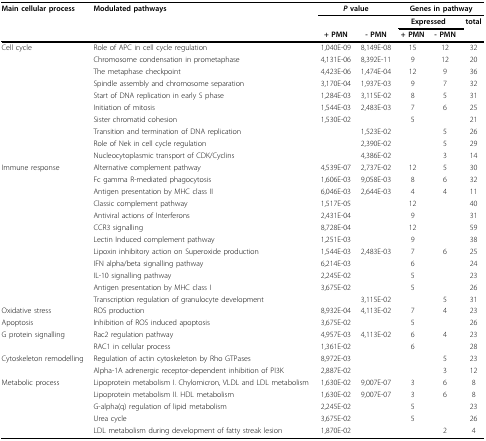
<table><thead><tr><td><b>Main cellular process</b></td><td><b>Modulated pathways</b></td><td colspan="2"><b><i>P </i>value</b></td><td colspan="3"><b>Genes in pathway</b></td></tr><tr><td></td><td></td><td></td><td></td><td colspan="2"><b>Expressed</b></td><td><b>total</b></td></tr><tr><td></td><td></td><td><b>+ PMN</b></td><td><b>- PMN</b></td><td><b>+ PMN</b></td><td><b>- PMN</b></td><td></td></tr></thead><tbody><tr><td>Cell cycle</td><td>Role of APC in cell cycle regulation</td><td>1,040E-09</td><td>8,149E-08</td><td>15</td><td>12</td><td>32</td></tr><tr><td></td><td>Chromosome condensation in prometaphase</td><td>4,131E-06</td><td>8,392E-11</td><td>9</td><td>12</td><td>20</td></tr><tr><td></td><td>The metaphase checkpoint</td><td>4,423E-06</td><td>1,474E-04</td><td>12</td><td>9</td><td>36</td></tr><tr><td></td><td>Spindle assembly and chromosome separation</td><td>3,170E-04</td><td>1,937E-03</td><td>9</td><td>7</td><td>32</td></tr><tr><td></td><td>Start of DNA replication in early S phase</td><td>1,284E-03</td><td>3,115E-02</td><td>8</td><td>5</td><td>31</td></tr><tr><td></td><td>Initiation of mitosis</td><td>1,544E-03</td><td>2,483E-03</td><td>7</td><td>6</td><td>25</td></tr><tr><td></td><td>Sister chromatid cohesion</td><td>1,530E-02</td><td></td><td>5</td><td></td><td>21</td></tr><tr><td></td><td>Transition and termination of DNA replication</td><td></td><td>1,523E-02</td><td></td><td>5</td><td>26</td></tr><tr><td></td><td>Role of Nek in cell cycle regulation</td><td></td><td>2,390E-02</td><td></td><td>5</td><td>29</td></tr><tr><td></td><td>Nucleocytoplasmic transport of CDK/Cyclins</td><td></td><td>4,386E-02</td><td></td><td>3</td><td>14</td></tr><tr><td>Immune response</td><td>Alternative complement pathway</td><td>4,539E-07</td><td>2,737E-02</td><td>12</td><td>5</td><td>30</td></tr><tr><td></td><td>Fc gamma R-mediated phagocytosis</td><td>1,606E-03</td><td>9,058E-03</td><td>8</td><td>6</td><td>32</td></tr><tr><td></td><td>Antigen presentation by MHC class II</td><td>6,046E-03</td><td>2,644E-03</td><td>4</td><td>4</td><td>11</td></tr><tr><td></td><td>Classic complement pathway</td><td>1,517E-05</td><td></td><td>12</td><td></td><td>40</td></tr><tr><td></td><td>Antiviral actions of Interferons</td><td>2,431E-04</td><td></td><td>9</td><td></td><td>31</td></tr><tr><td></td><td>CCR3 signalling</td><td>8,728E-04</td><td></td><td>12</td><td></td><td>59</td></tr><tr><td></td><td>Lectin Induced complement pathway</td><td>1,251E-03</td><td></td><td>9</td><td></td><td>38</td></tr><tr><td></td><td>Lipoxin inhibitory action on Superoxide production</td><td>1,544E-03</td><td>2,483E-03</td><td>7</td><td>6</td><td>25</td></tr><tr><td></td><td>IFN alpha/beta signalling pathway</td><td>6,214E-03</td><td></td><td>6</td><td></td><td>24</td></tr><tr><td></td><td>IL-10 signalling pathway</td><td>2,245E-02</td><td></td><td>5</td><td></td><td>23</td></tr><tr><td></td><td>Antigen presentation by MHC class I</td><td>3,675E-02</td><td></td><td>5</td><td></td><td>26</td></tr><tr><td></td><td>Transcription regulation of granulocyte development</td><td></td><td>3,115E-02</td><td></td><td>5</td><td>31</td></tr><tr><td>Oxidative stress</td><td>ROS production</td><td>8,932E-04</td><td>4,113E-02</td><td>7</td><td>4</td><td>23</td></tr><tr><td>Apoptosis</td><td>Inhibition of ROS induced apoptosis</td><td>3,675E-02</td><td></td><td>5</td><td></td><td>26</td></tr><tr><td>G protein signalling</td><td>Rac2 regulation pathway</td><td>4,957E-03</td><td>4,113E-02</td><td>6</td><td>4</td><td>23</td></tr><tr><td></td><td>RAC1 in cellular process</td><td>1,361E-02</td><td></td><td>6</td><td></td><td>28</td></tr><tr><td>Cytoskeleton remodelling</td><td>Regulation of actin cytoskeleton by Rho GTPases</td><td>8,972E-03</td><td></td><td></td><td>5</td><td>23</td></tr><tr><td></td><td>Alpha-1A adrenergic receptor-dependent inhibition of PI3K</td><td>2,887E-02</td><td></td><td></td><td>3</td><td>12</td></tr><tr><td>Metabolic process</td><td>Lipoprotein metabolism I. Chylomicron, VLDL and LDL metabolism</td><td>1,630E-02</td><td>9,007E-07</td><td>3</td><td>6</td><td>8</td></tr><tr><td></td><td>Lipoprotein metabolism II. HDL metabolism</td><td>1,630E-02</td><td>9,007E-07</td><td>3</td><td>6</td><td>8</td></tr><tr><td></td><td>G-alpha(q) regulation of lipid metabolism</td><td>2,245E-02</td><td></td><td>5</td><td></td><td>23</td></tr><tr><td></td><td>Urea cycle</td><td>3,675E-02</td><td></td><td>5</td><td></td><td>26</td></tr><tr><td></td><td>LDL metabolism during development of fatty streak lesion</td><td>1,870E-02</td><td></td><td></td><td>2</td><td>4</td></tr></tbody></table>